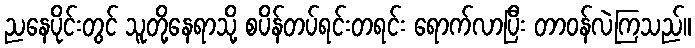
ညနေပိုင်းတွင် သူတို့နေရာသို့ စပိန်တပ်ရင်းတရင်း ရောက်လာပြီး တာဝန်လဲကြသည်။